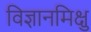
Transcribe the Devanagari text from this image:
विज्ञानमिक्षु